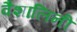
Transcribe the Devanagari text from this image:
वैशालिनी